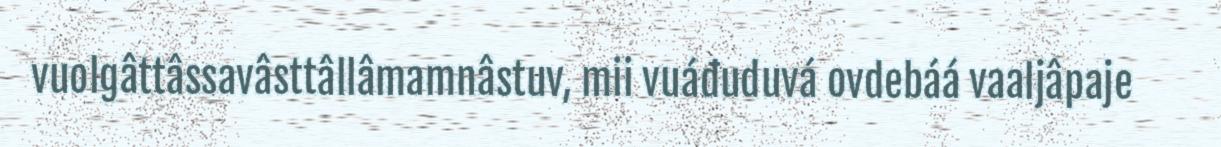
vuolgâttâssavâsttâllâmamnâstuv, mii vuáđuduvá ovdebáá vaaljâpaje